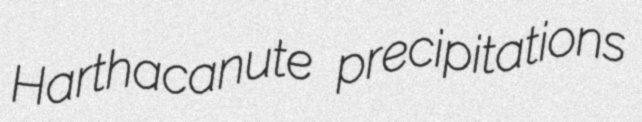
Harthacanute precipitations